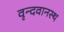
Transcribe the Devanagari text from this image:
वृन्दवानस्थ